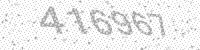
Solution: 416967